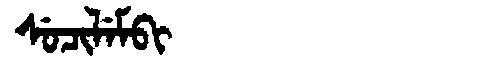
Manchu: ᠰᡠᠴᡳᠯᡝᠮᠪᡳ
Romanization: SUCILEMBI